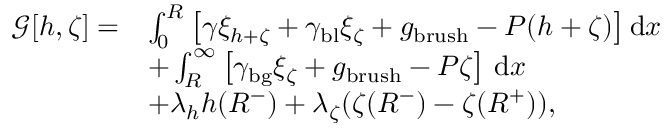
\begin{array} { r l } { \mathcal { G } [ h , \zeta ] = } & { \int _ { 0 } ^ { R } \left[ \gamma \xi _ { h + \zeta } + \gamma _ { \mathrm { b l } } \xi _ { \zeta } + g _ { \mathrm { b r u s h } } - P ( h + \zeta ) \right] \mathrm { d } x } \\ & { + \int _ { R } ^ { \infty } \left[ \gamma _ { \mathrm { b g } } \xi _ { \zeta } + g _ { \mathrm { b r u s h } } - P \zeta \right] \, \mathrm { d } x } \\ & { + \lambda _ { h } h ( R ^ { - } ) + \lambda _ { \zeta } ( \zeta ( R ^ { - } ) - \zeta ( R ^ { + } ) ) , } \end{array}